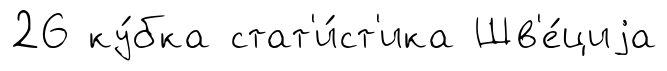
26 ку́бка стат'и́ст'ика Шв'е́циjа